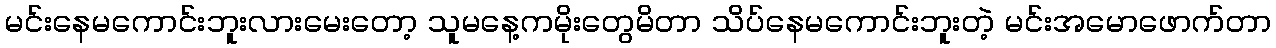
မင်းနေမကောင်းဘူးလားမေးတော့ သူမနေ့ကမိုးတွေမိတာ သိပ်နေမကောင်းဘူးတဲ့ မင်းအမောဖောက်တာ